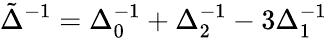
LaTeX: \tilde{\Delta}^{-1}=\Delta_{0}^{-1}+\Delta_{2}^{-1}-3\Delta_{1}^{-1}